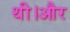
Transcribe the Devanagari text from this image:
थी।और